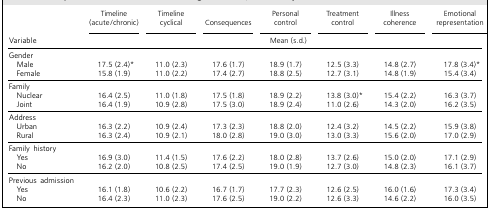
<table><thead><tr><td></td><td><b>Timeline(acute/chronic)</b></td><td><b>Timelinecyclical</b></td><td><b>Consequences</b></td><td><b>Personalcontrol</b></td><td><b>Treatmentcontrol</b></td><td><b>Illnesscoherence</b></td><td><b>Emotionalrepresentation</b></td></tr><tr><td><b>Variable</b></td><td colspan="7"><b>Mean (s.d.)</b></td></tr></thead><tbody><tr><td>Gender</td><td></td><td></td><td></td><td></td><td></td><td></td><td></td></tr><tr><td>Male</td><td>17.5 (2.4)*</td><td>11.0 (2.3)</td><td>17.6 (1.7)</td><td>18.9 (1.7)</td><td>12.5 (3.3)</td><td>14.8 (2.7)</td><td>17.8 (3.4)*</td></tr><tr><td>Female</td><td>15.8 (1.9)</td><td>11.0 (2.2)</td><td>17.4 (2.7)</td><td>18.8 (2.5)</td><td>12.7 (3.1)</td><td>14.8 (1.9)</td><td>15.4 (3.4)</td></tr><tr><td>Family</td><td></td><td></td><td></td><td></td><td></td><td></td><td></td></tr><tr><td>Nuclear</td><td>16.4 (2.5)</td><td>11.0 (1.8)</td><td>17.5 (1.8)</td><td>18.9 (2.2)</td><td>13.8 (3.0)*</td><td>15.4 (2.2)</td><td>16.3 (3.7)</td></tr><tr><td>Joint</td><td>16.4 (1.9)</td><td>10.9 (2.8)</td><td>17.5 (3.0)</td><td>18.9 (2.4)</td><td>11.0 (2.6)</td><td>14.3 (2.0)</td><td>16.2 (3.5)</td></tr><tr><td>Address</td><td></td><td></td><td></td><td></td><td></td><td></td><td></td></tr><tr><td>Urban</td><td>16.3 (2.2)</td><td>10.9 (2.4)</td><td>17.3 (2.3)</td><td>18.8 (2.0)</td><td>12.4 (3.2)</td><td>14.5 (2.2)</td><td>15.9 (3.8)</td></tr><tr><td>Rural</td><td>16.3 (2.4)</td><td>10.9 (2.1)</td><td>18.0 (2.8)</td><td>19.0 (3.0)</td><td>13.0 (3.3)</td><td>15.6 (2.0)</td><td>17.0 (2.9)</td></tr><tr><td>Family history</td><td></td><td></td><td></td><td></td><td></td><td></td><td></td></tr><tr><td>Yes</td><td>16.9 (3.0)</td><td>11.4 (1.5)</td><td>17.6 (2.2)</td><td>18.0 (2.8)</td><td>13.7 (2.6)</td><td>15.0 (2.0)</td><td>17.1 (2.9)</td></tr><tr><td>No</td><td>16.2 (2.0)</td><td>10.8 (2.5)</td><td>17.4 (2.5)</td><td>19.0 (1.9)</td><td>12.7 (3.0)</td><td>14.8 (2.3)</td><td>16.1 (3.7)</td></tr><tr><td>Previous admission</td><td></td><td></td><td></td><td></td><td></td><td></td><td></td></tr><tr><td>Yes</td><td>16.1 (1.8)</td><td>10.6 (2.2)</td><td>16.7 (1.7)</td><td>17.7 (2.3)</td><td>12.6 (2.5)</td><td>16.0 (1.6)</td><td>17.3 (3.4)</td></tr><tr><td>No</td><td>16.4 (2.3)</td><td>11.0 (2.3)</td><td>17.6 (2.5)</td><td>19.0 (2.2)</td><td>12.6 (3.3)</td><td>14.6 (2.2)</td><td>16.0 (3.5)</td></tr></tbody></table>